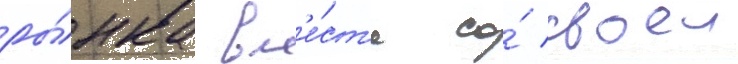
ры́нка вм'е́ст'е со́ своеи